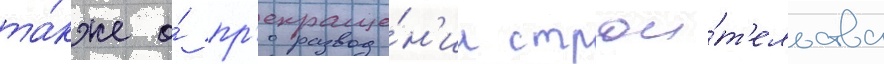
та́кже о́ пр'екраще́н'ии строи́т'ельства